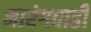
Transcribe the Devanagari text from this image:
नारंगवाडी